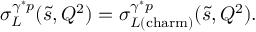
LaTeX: \sigma _ { L } ^ { \gamma ^ { * } p } ( \tilde { s } , Q ^ { 2 } ) = \sigma _ { L ( \mathrm { c h a r m } ) } ^ { \gamma ^ { * } p } ( \tilde { s } , Q ^ { 2 } ) .